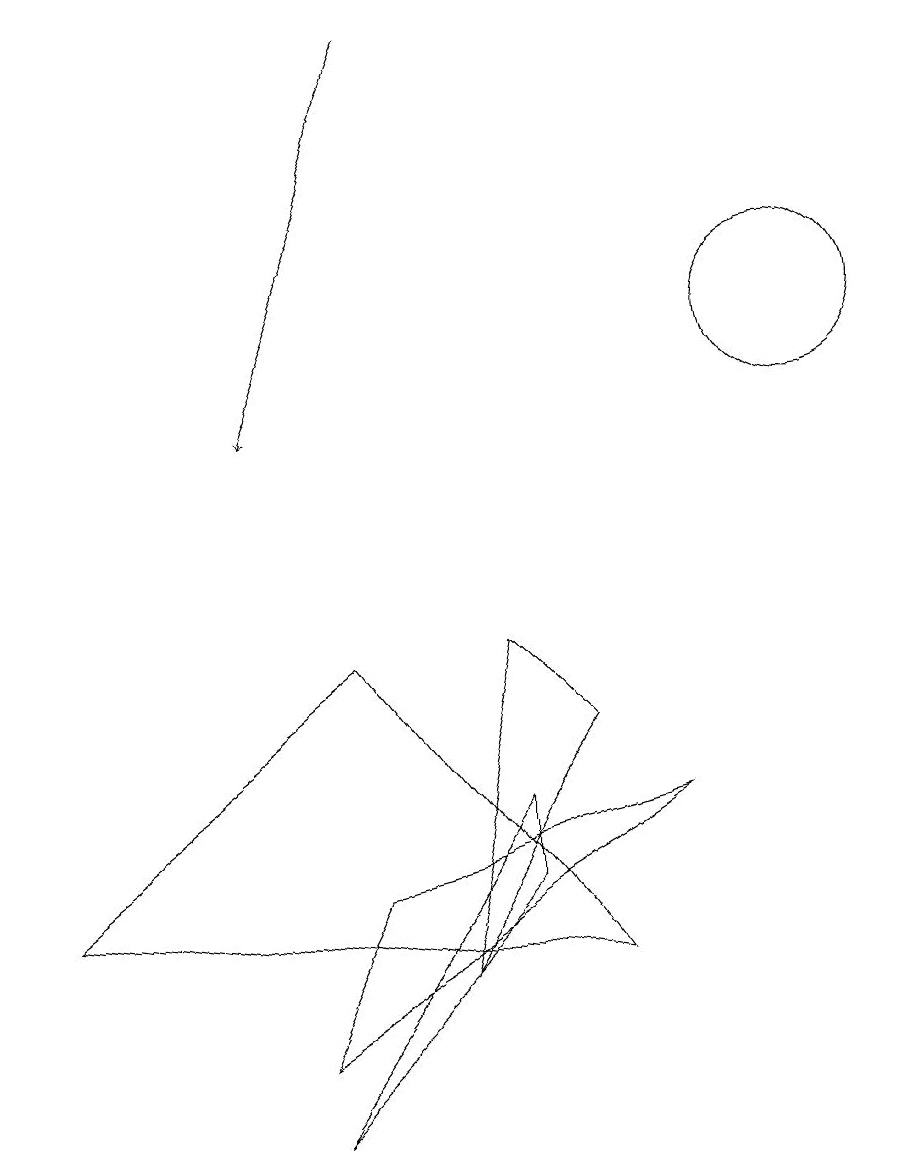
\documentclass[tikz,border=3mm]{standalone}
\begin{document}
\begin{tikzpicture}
\draw (9,5) -- (4,2) -- (5,4) -- cycle;
\draw (8,3) -- (1,4) -- (5,7) -- cycle;
\draw (6,3) -- (7,7) -- (8,6) -- cycle;
\draw (7,5) -- (7,4) -- (4,1) -- cycle;
\draw (11,11) circle (1);
\draw[->] (6,15) -- (4,10);
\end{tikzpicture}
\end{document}